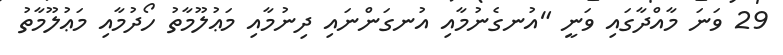
29 ވަނަ މާއްދާގައި ވަނީ "އުނގެނުމާއި އުނގަންނައި ދިނުމާއި މަޢުލޫމާތު ހޯދުމާއި މަޢުލޫމާތު